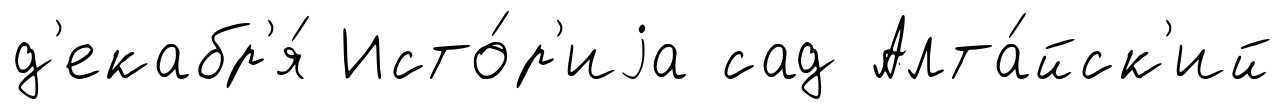
д'екабр'я́ Исто́р'иjа сад Алта́йск'ий